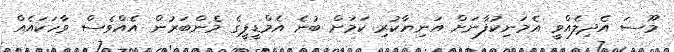
މޫސަ އެދިލެއްވީ އެމަނިކުފާނަށް އަނިޔާކުރި ކަމަށް ބުނެ އެމްޑީޕީގެ މެންބަރުން އެއްވެސް ވާހަކައެއް